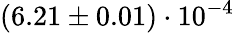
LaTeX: (6.21\pm 0.01)\cdot 10^{-4}